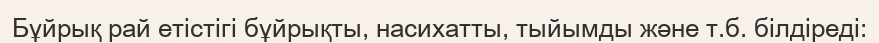
Бұйрық рай етістігі бұйрықты, насихатты, тыйымды және т.б. білдіреді: